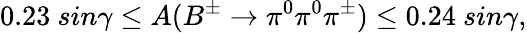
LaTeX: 0.23~sin\gamma\leq A(B^{\pm}\to\pi^{0}\pi^{0}\pi^{\pm})\leq 0.24~sin\gamma,